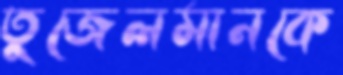
তুজেলমানকে